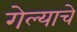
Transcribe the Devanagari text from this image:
गेल्‍याचे